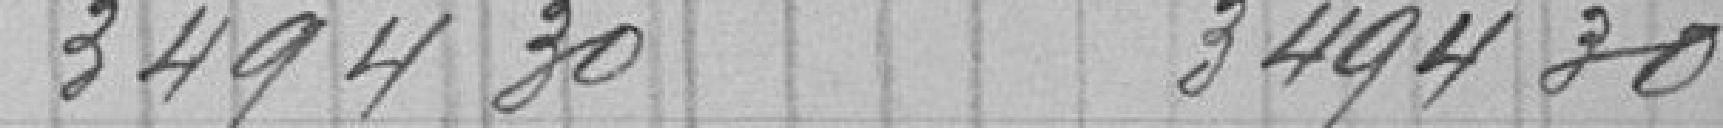
3494 30         3494 30